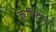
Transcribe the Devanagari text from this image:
कृषिदास